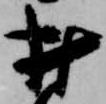
村